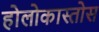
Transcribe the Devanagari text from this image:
होलोकास्तोस